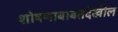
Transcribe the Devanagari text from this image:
शोषणाबाबतदेखील